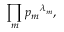
\prod _ { m } { p _ { m } } ^ { \lambda _ { m } } ,